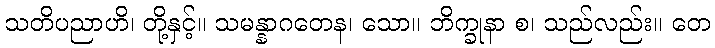
သတိပညာဟိ၊ တို့နှင့်။ သမန္နာဂတေန၊ သော။ ဘိက္ခုနာ စ၊ သည်လည်း။ တေ